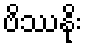
ဗိဿနိုး